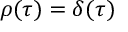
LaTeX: \rho ( \tau ) = \delta ( \tau )